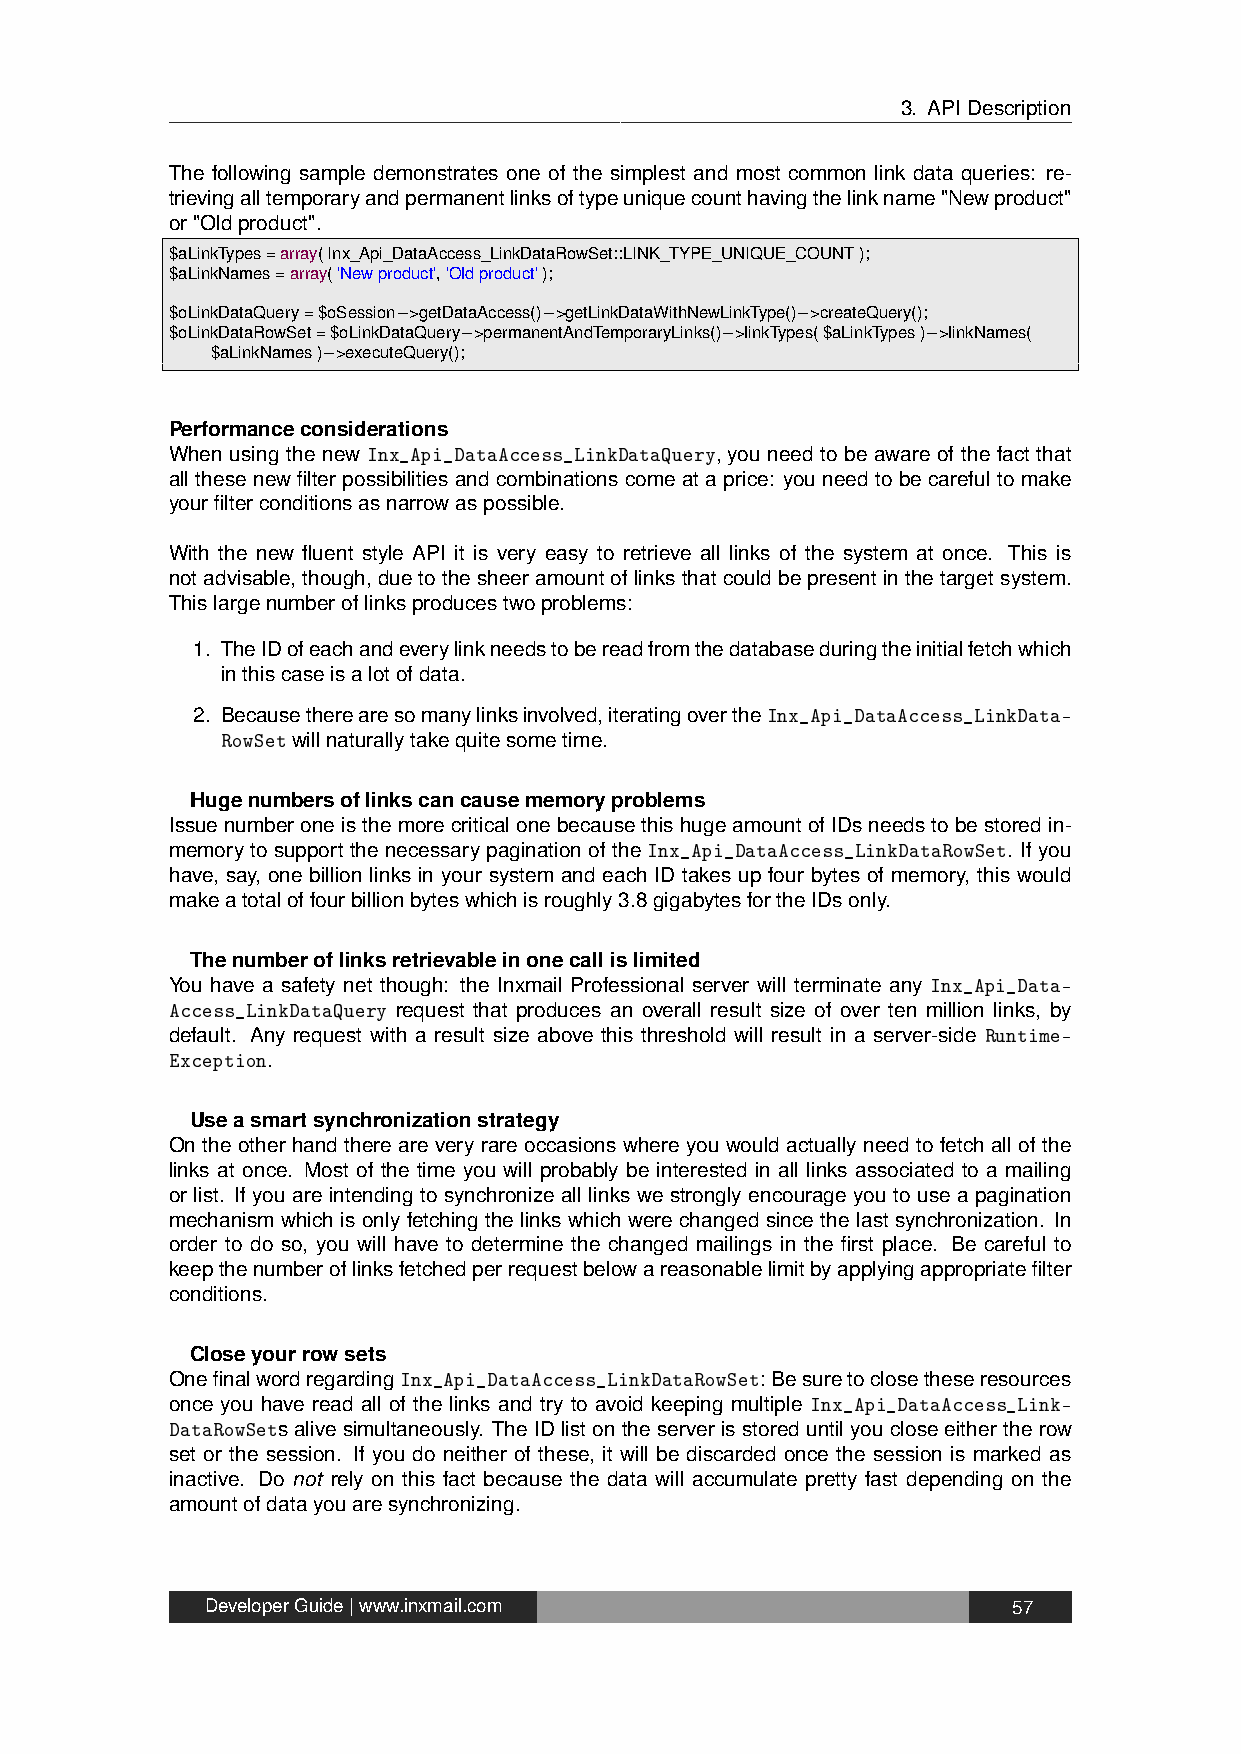
3. APIDescription
 The following sample demonstrates one of the simplest and most common link data queries: re-
 trievingalltemporaryandpermanentlinksoftypeuniquecounthavingthelinkname"Newproduct"
 or"Oldproduct".
 $aLinkTypes=array(Inx_Api_DataAccess_LinkDataRowSet::LINK_TYPE_UNIQUE_COUNT);
 $aLinkNames=array('Newproduct','Oldproduct');
 $oLinkDataQuery=$oSession−>getDataAccess()−>getLinkDataWithNewLinkType()−>createQuery();
 $oLinkDataRowSet=$oLinkDataQuery−>permanentAndTemporaryLinks()−>linkTypes($aLinkTypes)−>linkNames(
 $aLinkNames)−>executeQuery();
 Performanceconsiderations
 When using the new Inx_Api_DataAccess_LinkDataQuery, you need to be aware of the fact that
 all these new filter possibilities and combinations come at a price: you need to be careful to make
 yourfilterconditionsasnarrowaspossible.
 With the new fluent style API it is very easy to retrieve all links of the system at once. This is
 notadvisable,though,duetothesheeramountoflinksthatcouldbepresentinthetargetsystem.
 Thislargenumberoflinksproducestwoproblems:
 1. TheIDofeachandeverylinkneedstobereadfromthedatabaseduringtheinitialfetchwhich
 inthiscaseisalotofdata.
 2. Becausetherearesomanylinksinvolved,iteratingovertheInx_Api_DataAccess_LinkData-
 RowSetwillnaturallytakequitesometime.
 Hugenumbersoflinkscancausememoryproblems
 IssuenumberoneisthemorecriticalonebecausethishugeamountofIDsneedstobestoredin-
 memorytosupportthenecessarypaginationoftheInx_Api_DataAccess_LinkDataRowSet. Ifyou
 have, say, one billion links in your system and each ID takes up four bytes of memory, this would
 makeatotaloffourbillionbyteswhichisroughly3.8gigabytesfortheIDsonly.
 Thenumberoflinksretrievableinonecallislimited
 You have a safety net though: the Inxmail Professional server will terminate any Inx_Api_Data-
 Access_LinkDataQuery request that produces an overall result size of over ten million links, by
 default. Any request with a result size above this threshold will result in a server-side Runtime-
 Exception.
 Useasmartsynchronizationstrategy
 On the other hand there are very rare occasions where you would actually need to fetch all of the
 links at once. Most of the time you will probably be interested in all links associated to a mailing
 or list. If you are intending to synchronize all links we strongly encourage you to use a pagination
 mechanism which is only fetching the links which were changed since the last synchronization. In
 order to do so, you will have to determine the changed mailings in the first place. Be careful to
 keepthenumberoflinksfetchedperrequestbelowareasonablelimitbyapplyingappropriatefilter
 conditions.
 Closeyourrowsets
 OnefinalwordregardingInx_Api_DataAccess_LinkDataRowSet: Besuretoclosetheseresources
 once you have read all of the links and try to avoid keeping multiple Inx_Api_DataAccess_Link-
 DataRowSetsalivesimultaneously. TheIDlistontheserverisstoreduntilyoucloseeithertherow
 set or the session. If you do neither of these, it will be discarded once the session is marked as
 inactive. Do not rely on this fact because the data will accumulate pretty fast depending on the
 amountofdatayouaresynchronizing.
 DeveloperGuide|www.inxmail.com                       57